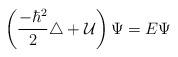
LaTeX: \begin{align*}\left({-\hbar^2\over 2}\triangle + {\cal U}\right)\Psi = E \Psi\end{align*}